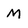
Character: M